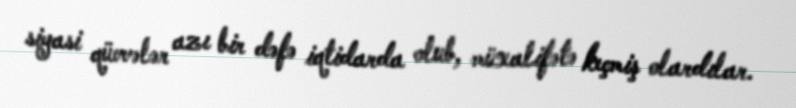
siyasi qüvvələr azı bir dəfə iqtidarda olub, müxalifətə keçmiş olardılar.